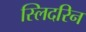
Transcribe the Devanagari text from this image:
स्लिदरिन